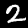
Label: 2